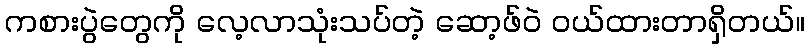
ကစားပွဲတွေကို လေ့လာသုံးသပ်တဲ့ ဆော့ဖ်ဝဲ ဝယ်ထားတာရှိတယ်။